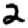
Digit: 2